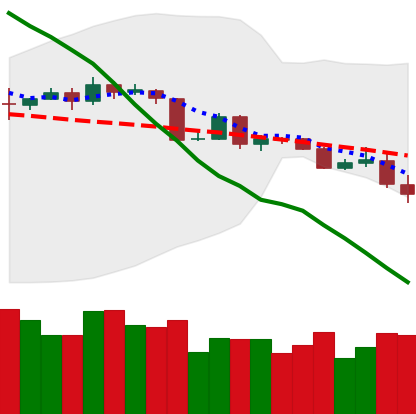
Ticker: BTC-USD
Chart end date: 2019-11-19
Forward return: -14.114%
Label: down_7plus